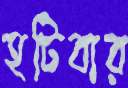
হটিবার